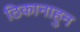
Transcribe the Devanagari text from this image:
ठिकानाहुन